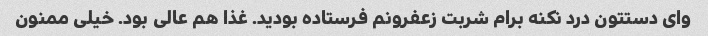
وای دستتون درد نکنه برام شربت زعفرونم فرستاده بودید. غذا هم عالی بود. خیلی ممنون